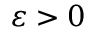
\varepsilon > 0